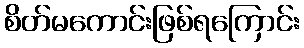
စိတ်မကောင်းဖြစ်ရကြောင်း